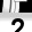
Digit: 2